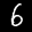
Label: 6